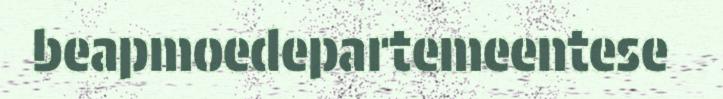
beapmoedepartemeentese